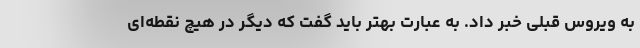
به ویروس قبلی خبر داد. به عبارت بهتر باید گفت که دیگر در هیچ نقطه‌ای